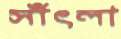
সাঁৎলা